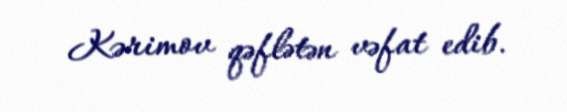
Kərimov qəflətən vəfat edib.